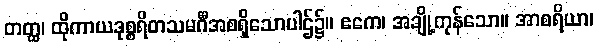
တတ္ထ၊ ထိုကာယဒုစ္စရိတသမင်္ဂီအစရှိသောပါဌ်၌။ ဧကေ၊ အချို့ကုန်သော။ အာစရိယာ၊